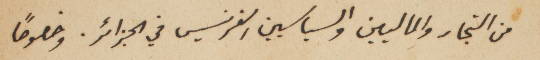
من التجار والماليين والسياسيين الفرنسيس في الجزائر. وخصوصاً